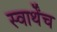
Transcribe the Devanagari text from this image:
स्वार्थेंच